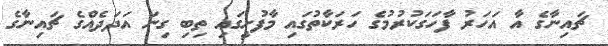
ޗައިނާގެ އާ އަހަރު ފާހަގަކުރުމުގެ ހަރަކާތުގައި މާފުށީގައި ތިބި ގިނަ އަދަދެއްގެ ޗައިނާގެ